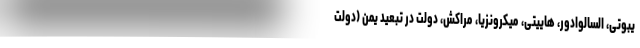
یبوتی، السالوادور، هاییتی، میکرونزیا، مراکش، دولت در تبعید یمن (دولت